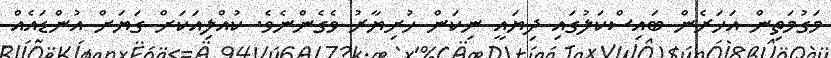
މަގުމަތިން އަހަރެން ބައިސްކަލުގައި ދިޔައީ ނިކަން ހުށިޔާރު ވެގެންނެވެ. ކުއްލިއަކަށް ގަޔަށް އުންޑައެއް